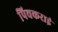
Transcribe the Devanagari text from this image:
पिचकराइं